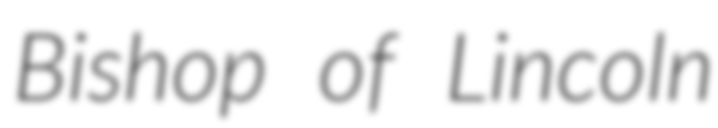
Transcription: Bishop of Lincoln